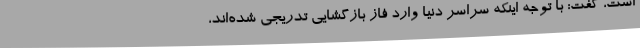
است، گفت: با توجه اینکه سراسر دنیا وارد فاز بازگشایی تدریجی شده‌اند،